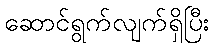
ဆောင်ရွက်လျက်ရှိပြီး